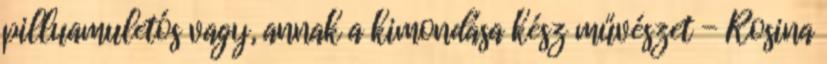
pilluamuletós vagy, annak a kimondása kész művészet - Rosina